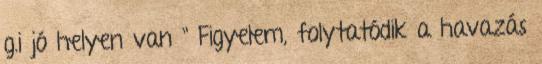
g.i jó helyen van " Figyelem, folytatódik a havazás